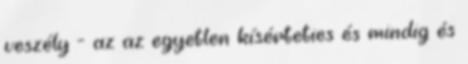
veszély - az az egyetlen kísérteties és mindig és